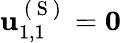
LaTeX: \mathbf{u}_{1,1}^{\mathrm{~(~S~)~}}=\mathbf{0}